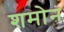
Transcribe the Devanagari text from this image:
शमोन